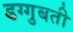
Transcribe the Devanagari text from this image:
डग्गुबती